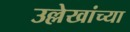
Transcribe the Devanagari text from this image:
उल्लेखांच्या